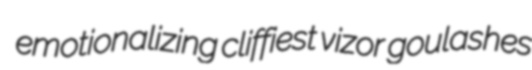
emotionalizing cliffiest vizor goulashes